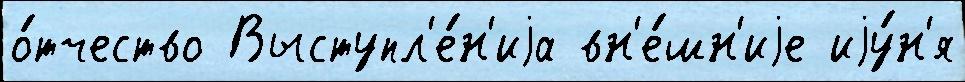
о́тчество Выступл'е́н'иjа вн'е́шн'иjе иjу́н'я